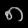
Digit: ၈